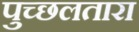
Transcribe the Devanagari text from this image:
पुच्छलतारा